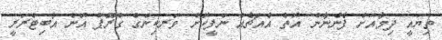
ތިޔައީ ދިމާއަށް ފެންނާން އޮތް އެއްޗެއް ނަފީކޮށް ވަރކިންގް ގްރޫޕް އޮން އާބިޓްރަރީ